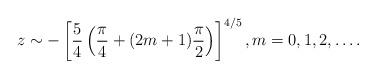
LaTeX: \begin{align*} z \sim -\left[\frac{5}{4}\left(\frac{\pi}{4} + (2m+1)\frac{\pi}{2}\right) \right]^{4/5}, m = 0, 1, 2, \ldots.\end{align*}